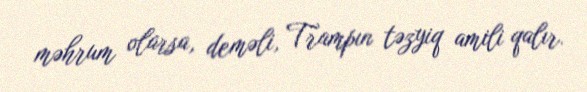
məhrum olarsa, deməli, Trampın təzyiq amili qalır.